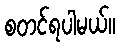
စတင်ရပါမယ်။